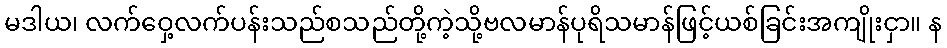
မဒါယ၊ လက်ဝှေ့လက်ပန်းသည်စသည်တို့ကဲ့သို့ဗလမာန်ပုရိသမာန်ဖြင့်ယစ်ခြင်းအကျိုးငှာ။ န